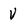
Character: v